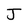
Character: J